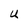
Character: U